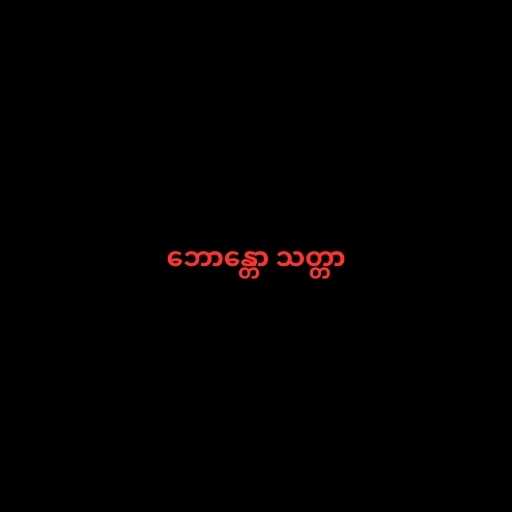
ဘောန္တော သတ္တာ